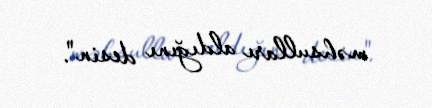
məhsulları aldığını desin".